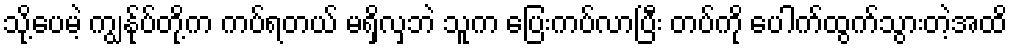
သို့ပေမဲ့ ကျွန်ုပ်တို့က ကပ်ရတယ် မရှိလှဘဲ သူက ပြေးကပ်လာပြီး တပ်ကို ပေါက်ထွက်သွားတဲ့အထိ